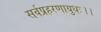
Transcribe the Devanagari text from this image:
सर्वप्रहरणायुधः।।